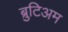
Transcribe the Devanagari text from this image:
ब्रुटिअम